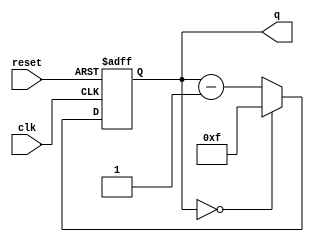
`timescale 1ns/1ps
module FourBitCounter(clk, reset, q);
input clk, reset;
output reg [3:0] q;

//q is a counter that goes from 15 to 0 and iths used for the anodes display
always@(posedge clk or posedge reset)
begin
    if(reset)
        begin
        q <= 4'b1111;
        end
    else
        q <= (q == 0) ? (4'b1111):(q - 4'b0001);
end

endmodule